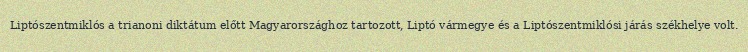
Liptószentmiklós a trianoni diktátum előtt Magyarországhoz tartozott, Liptó vármegye és a Liptószentmiklósi járás székhelye volt.